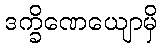
ဒက္ခိဏေယျောမှိ